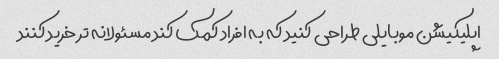
اپلیکیشن موبایلی طراحی کنید که به افراد کمک کند مسئولانه تر خرید کنند